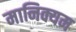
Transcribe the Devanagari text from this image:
मानिक्यम